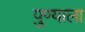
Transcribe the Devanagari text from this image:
पु्ण्याला